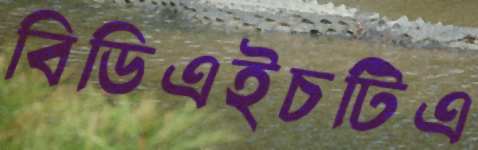
বিডিএইচটিএ